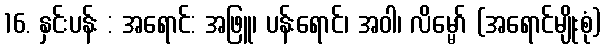
16. နှင်းပန်း : အရောင်: အဖြူ၊ ပန်းရောင်၊ အဝါ၊ လိမ္မော် (အရောင်မျိုးစုံ)